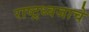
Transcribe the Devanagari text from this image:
राष्ट्रध्वजाचे